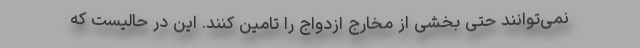
نمی‌توانند حتی بخشی از مخارج ازدواج را تامین کنند. این در حالیست که